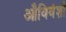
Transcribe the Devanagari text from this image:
औविवंशी